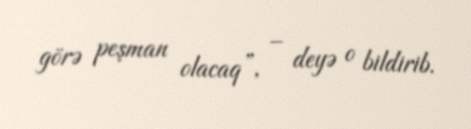
görə peşman olacaq”, – deyə o bildirib.